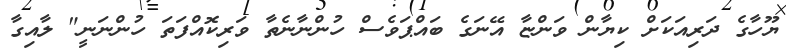
ޔޫހާގެ ދަރިއަކަށް ކިޔާން ވަންޏާ އޭނަގެ ބައްޕަވެސް ހުންނާނެތާ ވަރިކޮއްފަތަ ހުންނަނީ" ލާއިގާ